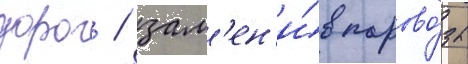
дорог / зам'ен'и́в парово́зы